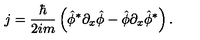
j = { \frac { \hbar } { 2 i m } } \left( \hat { \phi } ^ { * } \partial _ { x } \hat { \phi } - \hat { \phi } \partial _ { x } \hat { \phi } ^ { * } \right) . \nonumber